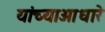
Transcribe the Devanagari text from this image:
यांच्याआधारे